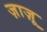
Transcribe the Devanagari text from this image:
ज़ाज़ू